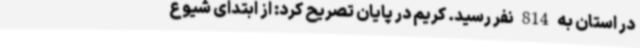
در استان به 814 نفر رسید. کریم در پایان تصریح کرد: از ابتدای شیوع